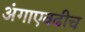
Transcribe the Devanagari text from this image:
अंगाएवढीच